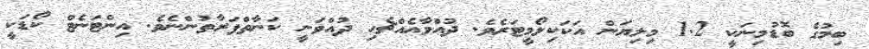
ބިމުގެ ބޮޑުމިނަކީ 1.2 މިލިޔަން އަކަކިލޯމީޓަރެވެ. ދުއްވާއެއްޗެހި ދުއްވަނީ ކަނާތްފަރާތުންނެވެ. އިންޓަނެޓް ކޯޑަކީ